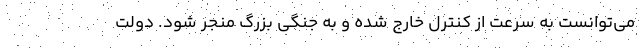
می‌توانست به سرعت از کنترل خارج شده و به جنگی بزرگ منجر شود. دولت